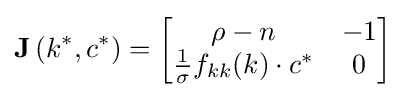
\mathbf {J} \left(k^{\ast },c^{\ast }\right)={\begin{bmatrix}\rho -n&-1\\{\frac {1}{\sigma }}f_{kk}(k)\cdot c^{\ast }&0\end{bmatrix}}